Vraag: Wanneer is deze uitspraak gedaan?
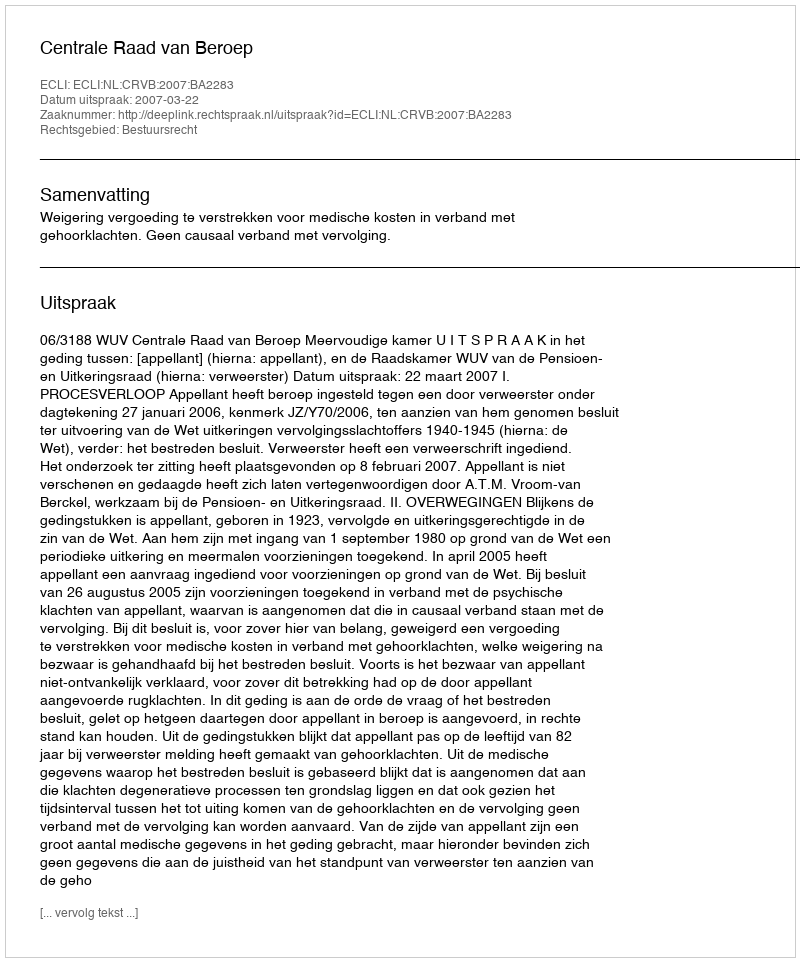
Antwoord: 2007-03-22